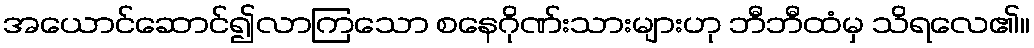
အယောင်ဆောင်၍လာကြသော စနေဂိုဏ်းသားများဟု ဘီဘီထံမှ သိရလေ၏။